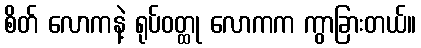
စိတ် လောကနဲ့ ရုပ်ဝတ္ထု လောကက ကွာခြားတယ်။